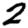
Digit: 2